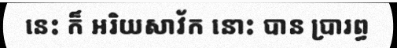
នេះ ក៏ អរិយសាវ័ក នោះ បាន ប្រារព្ធ